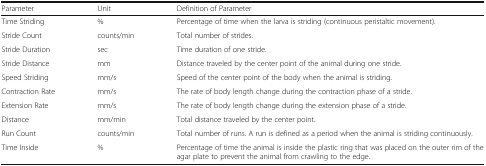
<table><thead><tr><td><b>Parameter</b></td><td><b>Unit</b></td><td><b>Definition of Parameter</b></td></tr></thead><tbody><tr><td>Time Striding</td><td>%</td><td>Percentage of time when the larva is striding (continuous peristaltic movement).</td></tr><tr><td>Stride Count</td><td>counts/min</td><td>Total number of strides.</td></tr><tr><td>Stride Duration</td><td>sec</td><td>Time duration of one stride.</td></tr><tr><td>Stride Distance</td><td>mm</td><td>Distance traveled by the center point of the animal during one stride.</td></tr><tr><td>Speed Striding</td><td>mm/s</td><td>Speed of the center point of the body when the animal is striding.</td></tr><tr><td>Contraction Rate</td><td>mm/s</td><td>The rate of body length change during the contraction phase of a stride.</td></tr><tr><td>Extension Rate</td><td>mm/s</td><td>The rate of body length change during the extension phase of a stride.</td></tr><tr><td>Distance</td><td>mm/min</td><td>Total distance traveled by the center point.</td></tr><tr><td>Run Count</td><td>counts/min</td><td>Total number of runs. A run is defined as a period when the animal is striding continuously.</td></tr><tr><td>Time Inside</td><td>%</td><td>Percentage of time the animal is inside the plastic ring that was placed on the outer rim of the agar plate to prevent the animal from crawling to the edge.</td></tr></tbody></table>